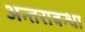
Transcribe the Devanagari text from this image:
अन्तराबन्धा